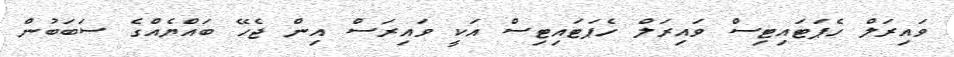
ވައިރަލް ހެޕަޓައިޓިސް ވައިރަލް ހެޕަޓައިޓިސް އަކީ ވައިރަސް އިން ޖެހޭ ބައްޔެއްގެ ސަބަބުން